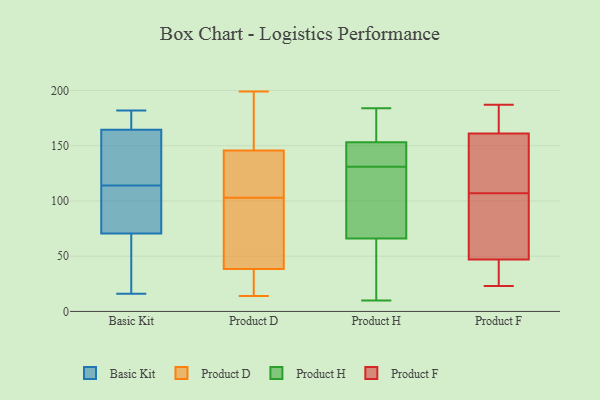
{"axis": {"x": "Energy Usage (MWh)", "y": "Value"}, "legend": ["Basic Kit", "Product D", "Product F", "Product H"], "data": [{"x": "", "y": 182, "type": "Basic Kit"}, {"x": "", "y": 67, "type": "Basic Kit"}, {"x": "", "y": 57, "type": "Basic Kit"}, {"x": "", "y": 76, "type": "Basic Kit"}, {"x": "", "y": 169, "type": "Basic Kit"}, {"x": "", "y": 174, "type": "Basic Kit"}, {"x": "", "y": 141, "type": "Basic Kit"}, {"x": "", "y": 75, "type": "Basic Kit"}, {"x": "", "y": 118, "type": "Basic Kit"}, {"x": "", "y": 74, "type": "Basic Kit"}, {"x": "", "y": 21, "type": "Basic Kit"}, {"x": "", "y": 110, "type": "Basic Kit"}, {"x": "", "y": 147, "type": "Basic Kit"}, {"x": "", "y": 16, "type": "Basic Kit"}, {"x": "", "y": 162, "type": "Basic Kit"}, {"x": "", "y": 167, "type": "Basic Kit"}, {"x": "", "y": 199, "type": "Product D"}, {"x": "", "y": 147, "type": "Product D"}, {"x": "", "y": 103, "type": "Product D"}, {"x": "", "y": 142, "type": "Product D"}, {"x": "", "y": 15, "type": "Product D"}, {"x": "", "y": 14, "type": "Product D"}, {"x": "", "y": 38, "type": "Product D"}, {"x": "", "y": 156, "type": "Product D"}, {"x": "", "y": 40, "type": "Product D"}, {"x": "", "y": 88, "type": "Product D"}, {"x": "", "y": 132, "type": "Product D"}, {"x": "", "y": 184, "type": "Product H"}, {"x": "", "y": 19, "type": "Product H"}, {"x": "", "y": 175, "type": "Product H"}, {"x": "", "y": 145, "type": "Product H"}, {"x": "", "y": 134, "type": "Product H"}, {"x": "", "y": 174, "type": "Product H"}, {"x": "", "y": 10, "type": "Product H"}, {"x": "", "y": 28, "type": "Product H"}, {"x": "", "y": 166, "type": "Product H"}, {"x": "", "y": 141, "type": "Product H"}, {"x": "", "y": 149, "type": "Product H"}, {"x": "", "y": 98, "type": "Product H"}, {"x": "", "y": 131, "type": "Product H"}, {"x": "", "y": 71, "type": "Product H"}, {"x": "", "y": 104, "type": "Product H"}, {"x": "", "y": 51, "type": "Product H"}, {"x": "", "y": 124, "type": "Product H"}, {"x": "", "y": 161, "type": "Product F"}, {"x": "", "y": 121, "type": "Product F"}, {"x": "", "y": 32, "type": "Product F"}, {"x": "", "y": 47, "type": "Product F"}, {"x": "", "y": 128, "type": "Product F"}, {"x": "", "y": 174, "type": "Product F"}, {"x": "", "y": 132, "type": "Product F"}, {"x": "", "y": 187, "type": "Product F"}, {"x": "", "y": 170, "type": "Product F"}, {"x": "", "y": 25, "type": "Product F"}, {"x": "", "y": 34, "type": "Product F"}, {"x": "", "y": 59, "type": "Product F"}, {"x": "", "y": 23, "type": "Product F"}, {"x": "", "y": 64, "type": "Product F"}, {"x": "", "y": 93, "type": "Product F"}, {"x": "", "y": 163, "type": "Product F"}, {"x": "", "y": 86, "type": "Product F"}, {"x": "", "y": 128, "type": "Product F"}]}